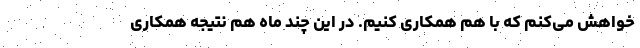
خواهش می‌کنم که با هم همکاری کنیم. در این چند ماه هم نتیجه همکاری